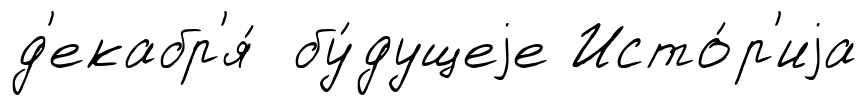
д'екабр'я́ бу́дущеjе Исто́р'иjа